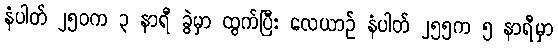
နံပါတ် ၂၅၀က ၃ နာရီ ခွဲမှာ ထွက်ပြီး လေယာဉ် နံပါတ် ၂၅၅က ၅ နာရီမှာ